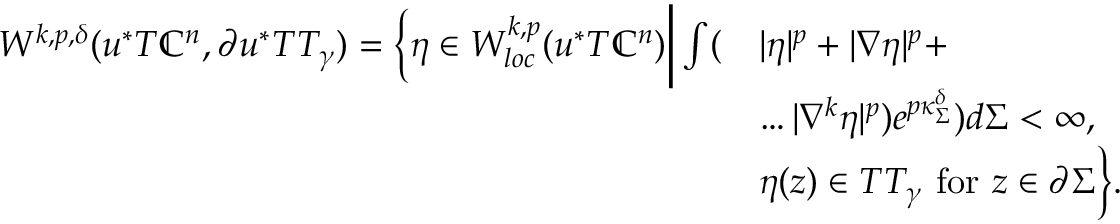
\begin{array} { r l } { W ^ { k , p , \delta } ( u ^ { * } T \mathbb { C } ^ { n } , \partial u ^ { * } T T _ { \gamma } ) = \bigg \{ \eta \in W _ { l o c } ^ { k , p } ( u ^ { * } T \mathbb { C } ^ { n } ) \bigg | \int ( } & { | \eta | ^ { p } + | \nabla \eta | ^ { p } + } \\ & { \dots | \nabla ^ { k } \eta | ^ { p } ) e ^ { p \kappa _ { \Sigma } ^ { \delta } } ) d \Sigma < \infty , \quad } \\ & { \eta ( z ) \in T T _ { \gamma } \mathrm { ~ f o r ~ } z \in \partial \Sigma \bigg \} . } \end{array}